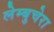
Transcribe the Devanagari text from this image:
लेम्बुचेरा